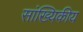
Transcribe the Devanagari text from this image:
सांख्‍यिकीय